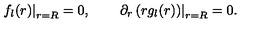
\left. f _ { l } ( r ) \right| _ { r = R } = 0 , \qquad \left. \partial _ { r } \left( r g _ { l } ( r ) \right) \right| _ { r = R } = 0 .